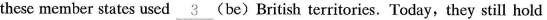
these member states used \underline{ 3 } ( be )British territories. Today,they still hold